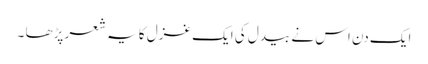
ایک دن اس نے بیدل کی ایک غزل کا یہ شعر پڑھا ۔